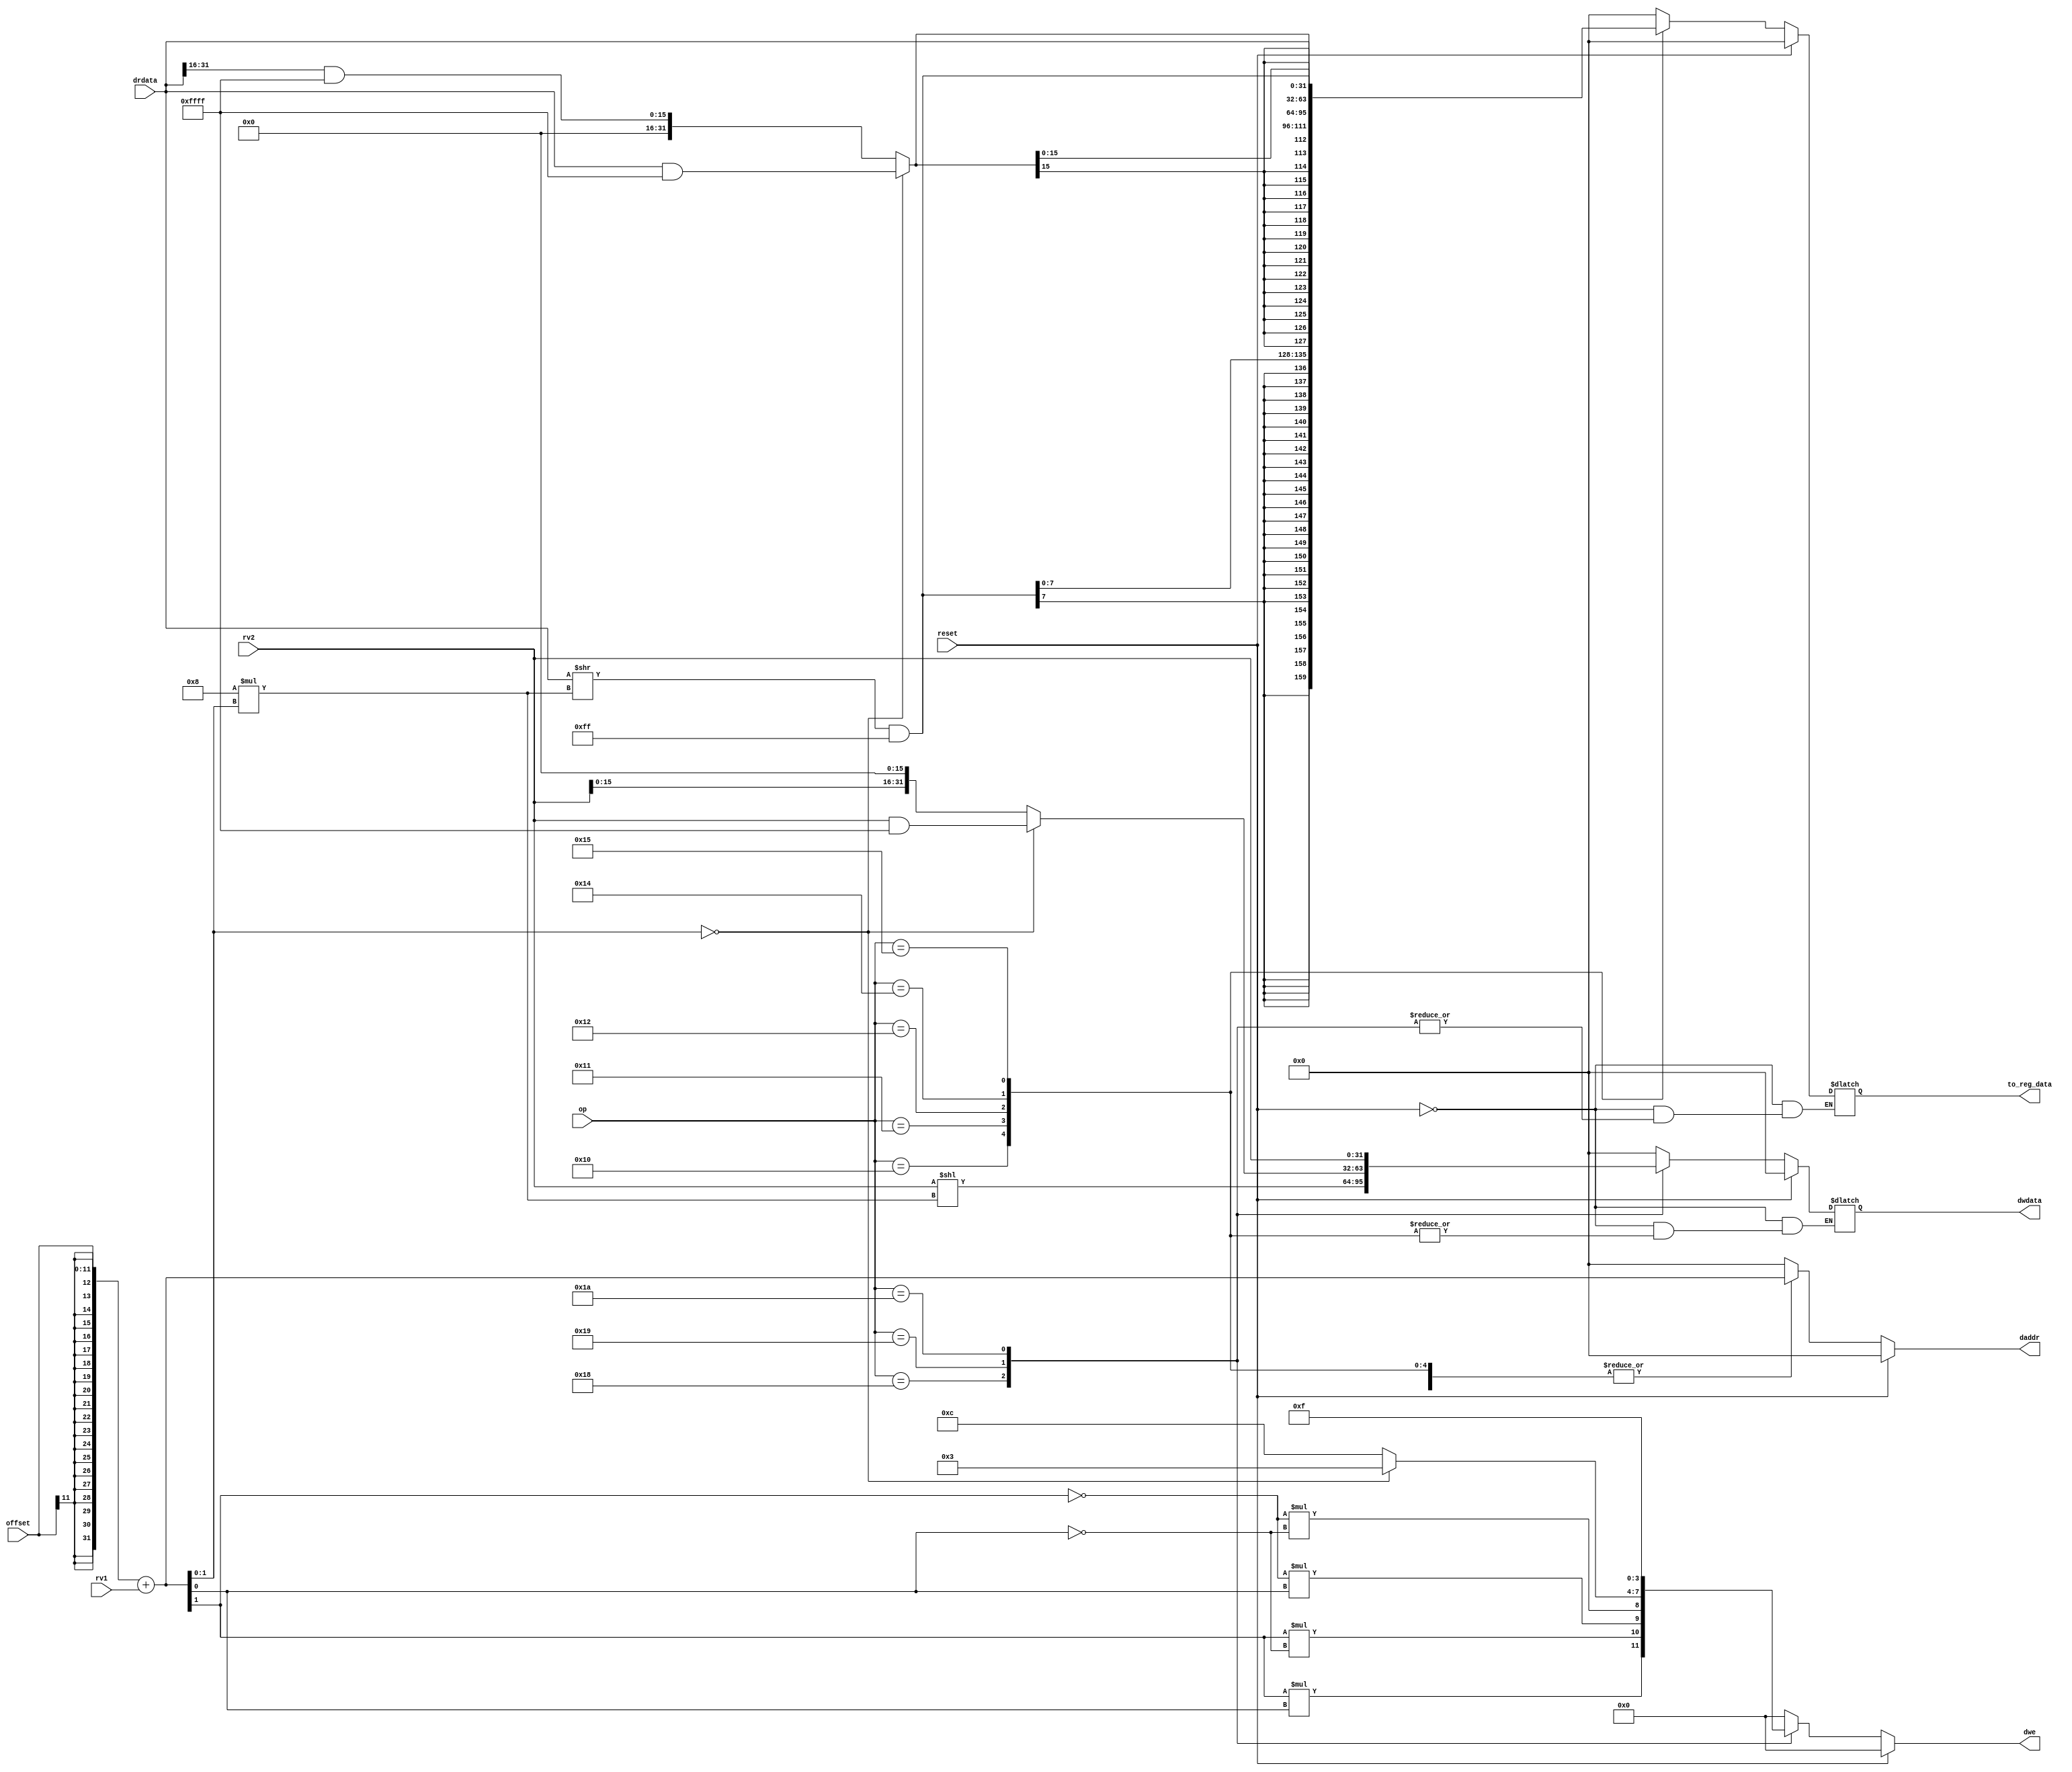
module load_store (
    input reset,
    input [5:0] op,
    input [31:0] drdata,
    input [31:0] rv1,
    input [31:0] rv2,
    input [11:0] offset,
    output [31:0] daddr,
    output [31:0] dwdata,
    output [3:0] dwe,
    output [31:0] to_reg_data
);

    reg [31:0] daddr;
    reg [31:0] dwdata;
    reg [3:0] dwe;
    reg [31:0] to_reg_data;
    reg [1:0] remainder;   
     
    always@(*)
    begin
        
        if (reset)      // reset condition
        begin
            daddr = 0;
            dwdata = 0;
            dwe = 0;
            to_reg_data = 0;
        end
        
        else
        
        begin
         
        	daddr = ({{20{offset[11]}},offset[11:0]} + rv1);         // read/write address calculation
        	remainder = daddr[1:0];
            
        	case (op)          // various types of loads and stores based on opcode
        	
				6'h10	: begin
						  to_reg_data = ((drdata >> (8*remainder)) & (32'h000000ff));
						  to_reg_data = {{24{to_reg_data[7]}},to_reg_data[7:0]};
						  dwe = 0;
   					      end
   					      
				6'h11	: begin
						  to_reg_data = (remainder == 0) ? (drdata & 32'h0000ffff) : ((drdata >> 16) & (32'h0000ffff));
						  to_reg_data = {{16{to_reg_data[15]}},to_reg_data[15:0]};
						  dwe = 0;
						  end
						  
				6'h12	: begin
						  to_reg_data = drdata;
						  dwe = 0;
						  end
				
				6'h14	: begin
						  to_reg_data = (drdata >> (8*remainder)) & (32'h000000ff);
						  dwe = 0;
						  end
				
				
				6'h15	: begin
						  to_reg_data = (remainder == 0) ? (drdata & 32'h0000ffff) : ((drdata >> 16) & (32'h0000ffff));
						  dwe = 0;
						  end

				6'h18	: begin
						  dwdata = (rv2 << (8*remainder));
						  dwe = {(remainder[1]*remainder[0]),(remainder[1]*(~remainder[0])),((~remainder[1])*remainder[0]),((~remainder[1])*(~remainder[0]))};
						  end
						  
				6'h19	: begin
						  dwdata = (remainder == 0) ? (rv2 & 32'h0000ffff) : (rv2 << 16);
						  dwe = (remainder == 0) ? (4'b0011) : (4'b1100);
						  end
						  
				6'h1a	: begin 
						  dwdata = rv2;
						  dwe = 4'b1111;
						  end
						  
			default	 : begin
					   daddr = 0;
					   dwdata = 0;
			           dwe = 4'b0000;
			           to_reg_data = 0;
			           end
			endcase	             
 
      end
      
      end
    
endmodule